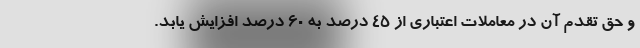
و حق تقدم آن در معاملات اعتباری از ۴۵ درصد به ۶۰ درصد افزایش یابد.